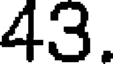
43.